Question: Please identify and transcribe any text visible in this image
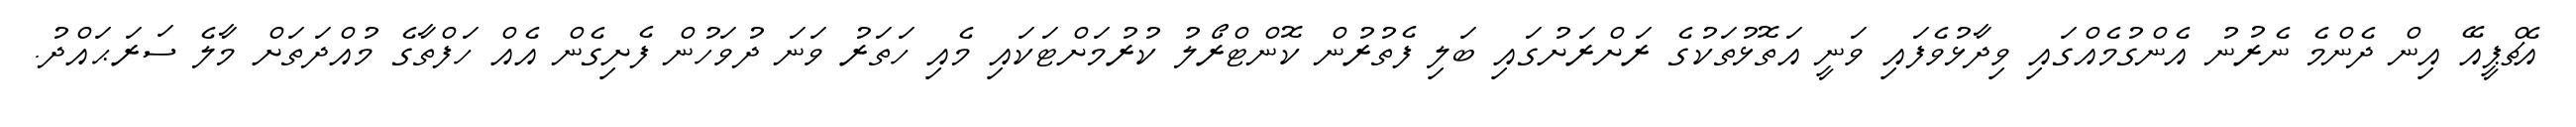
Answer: އެޗްޕީއޭ އިން ދެންމެ ނެރުނު އެންގުމެއްގައި ވިދާޅުވެފައި ވަނީ އަތޮޅުތަކުގެ ރަށްރަށުގައި ބަލި ފެތުރުން ކޮންޓްރޯލު ކުރުމަށްޓަކައި މެއި ހަތަރު ވަނަ ދުވަހުން ފެށިގެން އެއް ހަފްތާގެ މުއްދަތަށް މާލެ ސަރަޙައްދު.